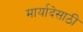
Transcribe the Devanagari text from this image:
मार्यादेसाठी